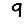
Digit: 9